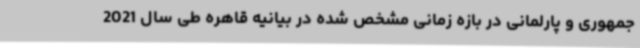
جمهوری و پارلمانی در بازه زمانی مشخص شده در بیانیه قاهره طی سال 2021